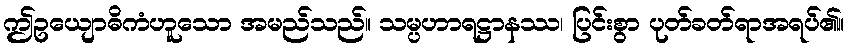
ဤဥယျောဓိကံဟူသော အမည်သည်။ သမ္ပဟာရဋ္ဌာနဿ၊ ပြင်းစွာ ပုတ်ခတ်ရာအရပ်၏။